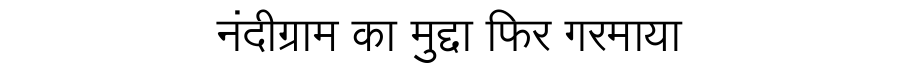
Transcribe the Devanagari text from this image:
नंदीग्राम का मुद्दा फिर गरमाया